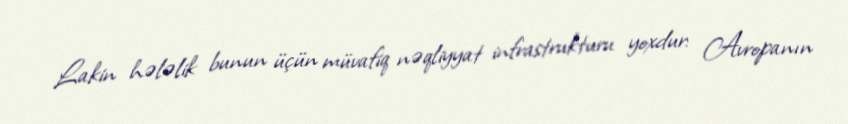
Lakin hələlik bunun üçün müvafiq nəqliyyat infrastrukturu yoxdur: Avropanın